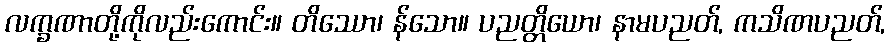
လက္ခဏာတို့ကိုလည်းကောင်း။ တိဿော၊ န်သော။ ပညတ္တိယော၊ နာမပညတ်, ကသိဏပညတ်,